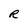
Character: R